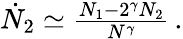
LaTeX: \begin{array}{r}{\dot{N}_{2}\simeq\frac{N_{1}-2^{\gamma}N_{2}}{N^{\gamma}}\, .}\end{array}